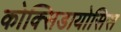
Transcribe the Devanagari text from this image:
कोक्सिडायोसिस